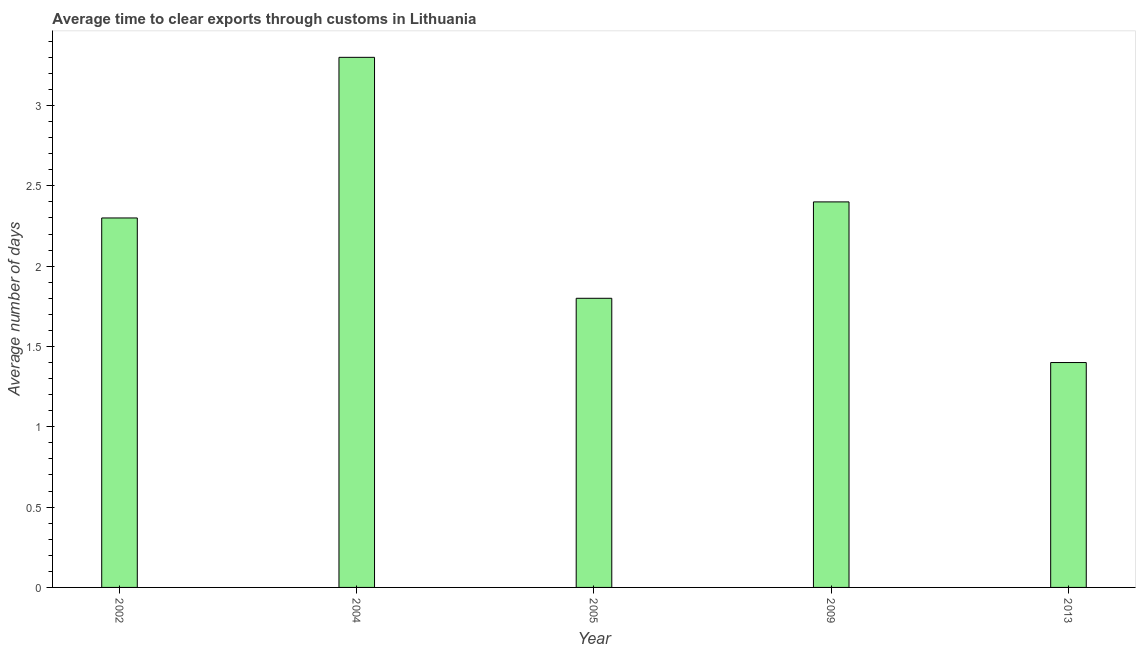
| Year | Time to clear exports through customs |
 | --- | --- |
 | 2002 | 2.3 |
 | 2004 | 3.3 |
 | 2005 | 1.8 |
 | 2009 | 2.4 |
 | 2013 | 1.4 |